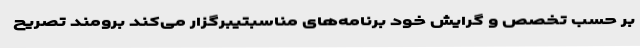
بر حسب تخصص و گرایش خود برنامه‌های مناسبتیبرگزار می‌کند برومند تصریح